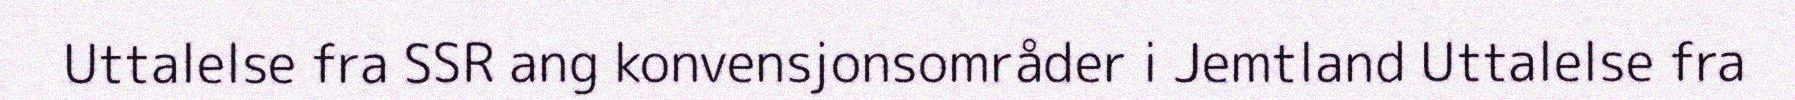
Uttalelse fra SSR ang konvensjonsområder i Jemtland Uttalelse fra